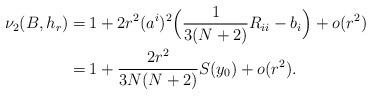
LaTeX: \begin{align*}\nu_2(B,h_r)=&\: {1}+{2r^2}(a^{i})^2 \Bigl(\frac{1}{3(N+2)} R_{ii} -b_i \Bigr) +o(r^2)\\=&\: {1}+ \frac{2r^2}{3N(N+2)} S(y_0) +o(r^2). \end{align*}